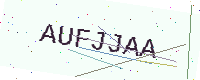
Text: AUFJJAA